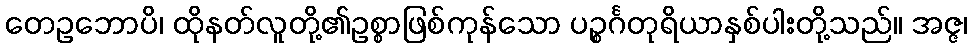
တေဥဘောပိ၊ ထိုနတ်လူတို့၏ဥစ္စာဖြစ်ကုန်သော ပဉ္စင်္ဂတုရိယာနှစ်ပါးတို့သည်။ အဇ္ဇ၊